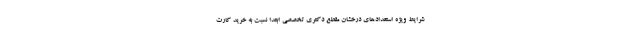
شرایط ویژه استعدادهای درخشان مقطع دکتری تخصصی ابتدا نسبت به خرید کارت